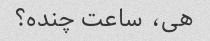
هی، ساعت چنده؟